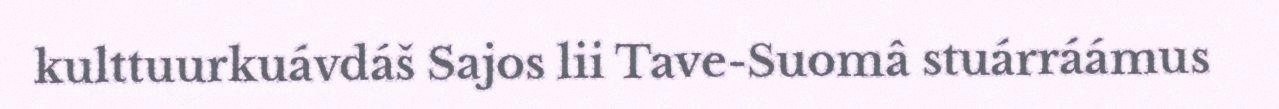
kulttuurkuávdáš Sajos lii Tave-Suomâ stuárráámus